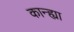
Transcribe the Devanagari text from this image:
कान्ह्या